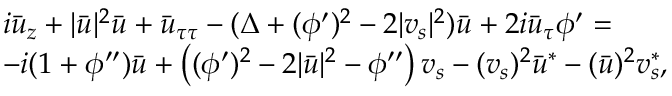
\begin{array} { r l } & { i \bar { u } _ { z } + | \bar { u } | ^ { 2 } \bar { u } + \bar { u } _ { \tau \tau } - ( \Delta + ( \phi ^ { \prime } ) ^ { 2 } - 2 | v _ { s } | ^ { 2 } ) \bar { u } + 2 i \bar { u } _ { \tau } \phi ^ { \prime } = } \\ & { - i ( 1 + \phi ^ { \prime \prime } ) \bar { u } + \left( ( \phi ^ { \prime } ) ^ { 2 } - 2 | \bar { u } | ^ { 2 } - \phi ^ { \prime \prime } \right) v _ { s } - ( v _ { s } ) ^ { 2 } \bar { u } ^ { * } - ( \bar { u } ) ^ { 2 } v _ { s } ^ { * } , } \end{array}